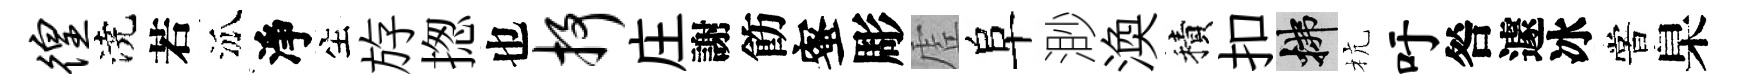
徨澆若泒淨生斿揔也抒庄謝飭蜜彫虗阜渺渙積扣拂杭吁咎遽冰嘗臬